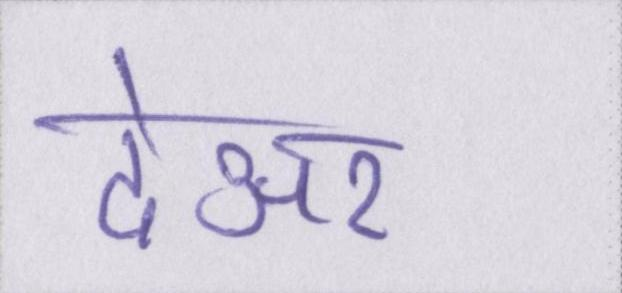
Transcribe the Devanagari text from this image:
देअर